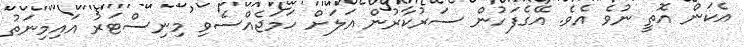
އެކަން އޮތީ ނުވެ އެވެ. އޭގެފަހުން ސަރުކާރުން އަލަށް ހަމަޖެއްސެވި މިނިސްޓަރު އައިމިނަތު